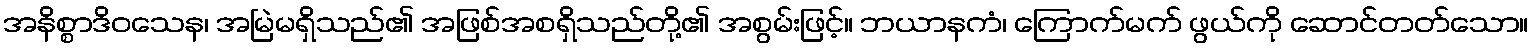
အနိစ္စာဒိဝသေန၊ အမြဲမရှိသည်၏ အဖြစ်အစရှိသည်တို့၏ အစွမ်းဖြင့်။ ဘယာနကံ၊ ကြောက်မက် ဖွယ်ကို ဆောင်တတ်သော။